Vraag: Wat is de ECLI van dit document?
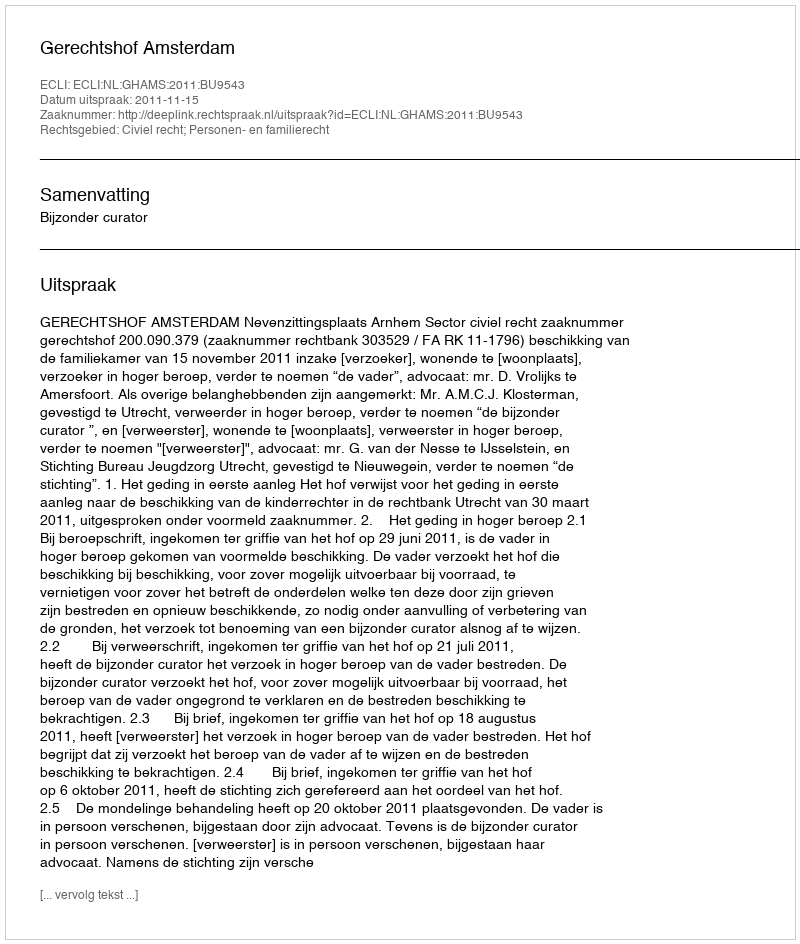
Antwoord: ECLI:NL:GHAMS:2011:BU9543